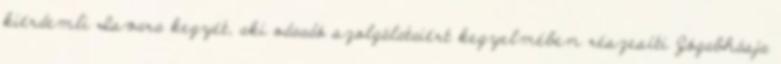
kiérdemli Isvara kegyét, aki odaadó szolgálataiért kegyelmében részesíti Jógabhásja